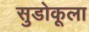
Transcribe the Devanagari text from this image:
सुडोकूला